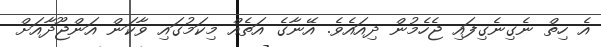
އެ ހިތް ނެގިނެގިފައި ޖެހެމުން ދިއައެވެ. އޭނާގެ އަތެއް މިކަމުގައި ވާކަން އަންޖޫދާއަށް